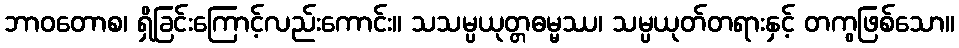
ဘာဝတောစ၊ ရှိခြင်းကြောင့်လည်းကောင်း။ သသမ္ပယုတ္တဓမ္မဿ၊ သမ္ပယုတ်တရားနှင့် တကွဖြစ်သော။